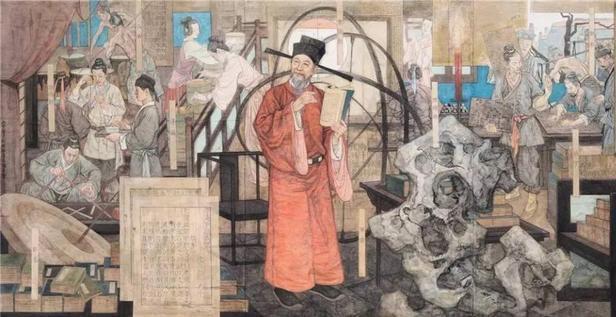
不违农时，谷不可胜食也